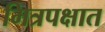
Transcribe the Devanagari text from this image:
मित्रपक्षात